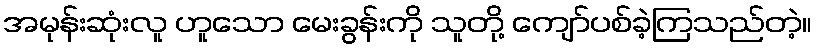
အမုန်းဆုံးလူ ဟူသော မေးခွန်းကို သူတို့ ကျော်ပစ်ခဲ့ကြသည်တဲ့။